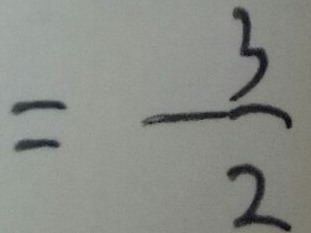
= \frac { 3 } { 2 }